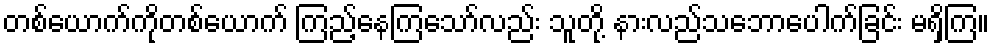
တစ်ယောက်ကိုတစ်ယောက် ကြည့်နေကြသော်လည်း သူတို့ နားလည်သဘောပေါက်ခြင်း မရှိကြ။